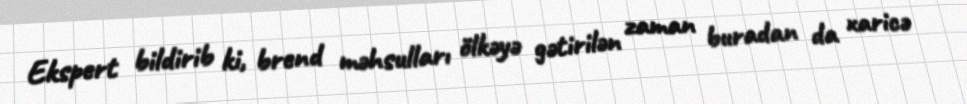
Ekspert bildirib ki, brend məhsulları ölkəyə gətirilən zaman buradan da xaricə